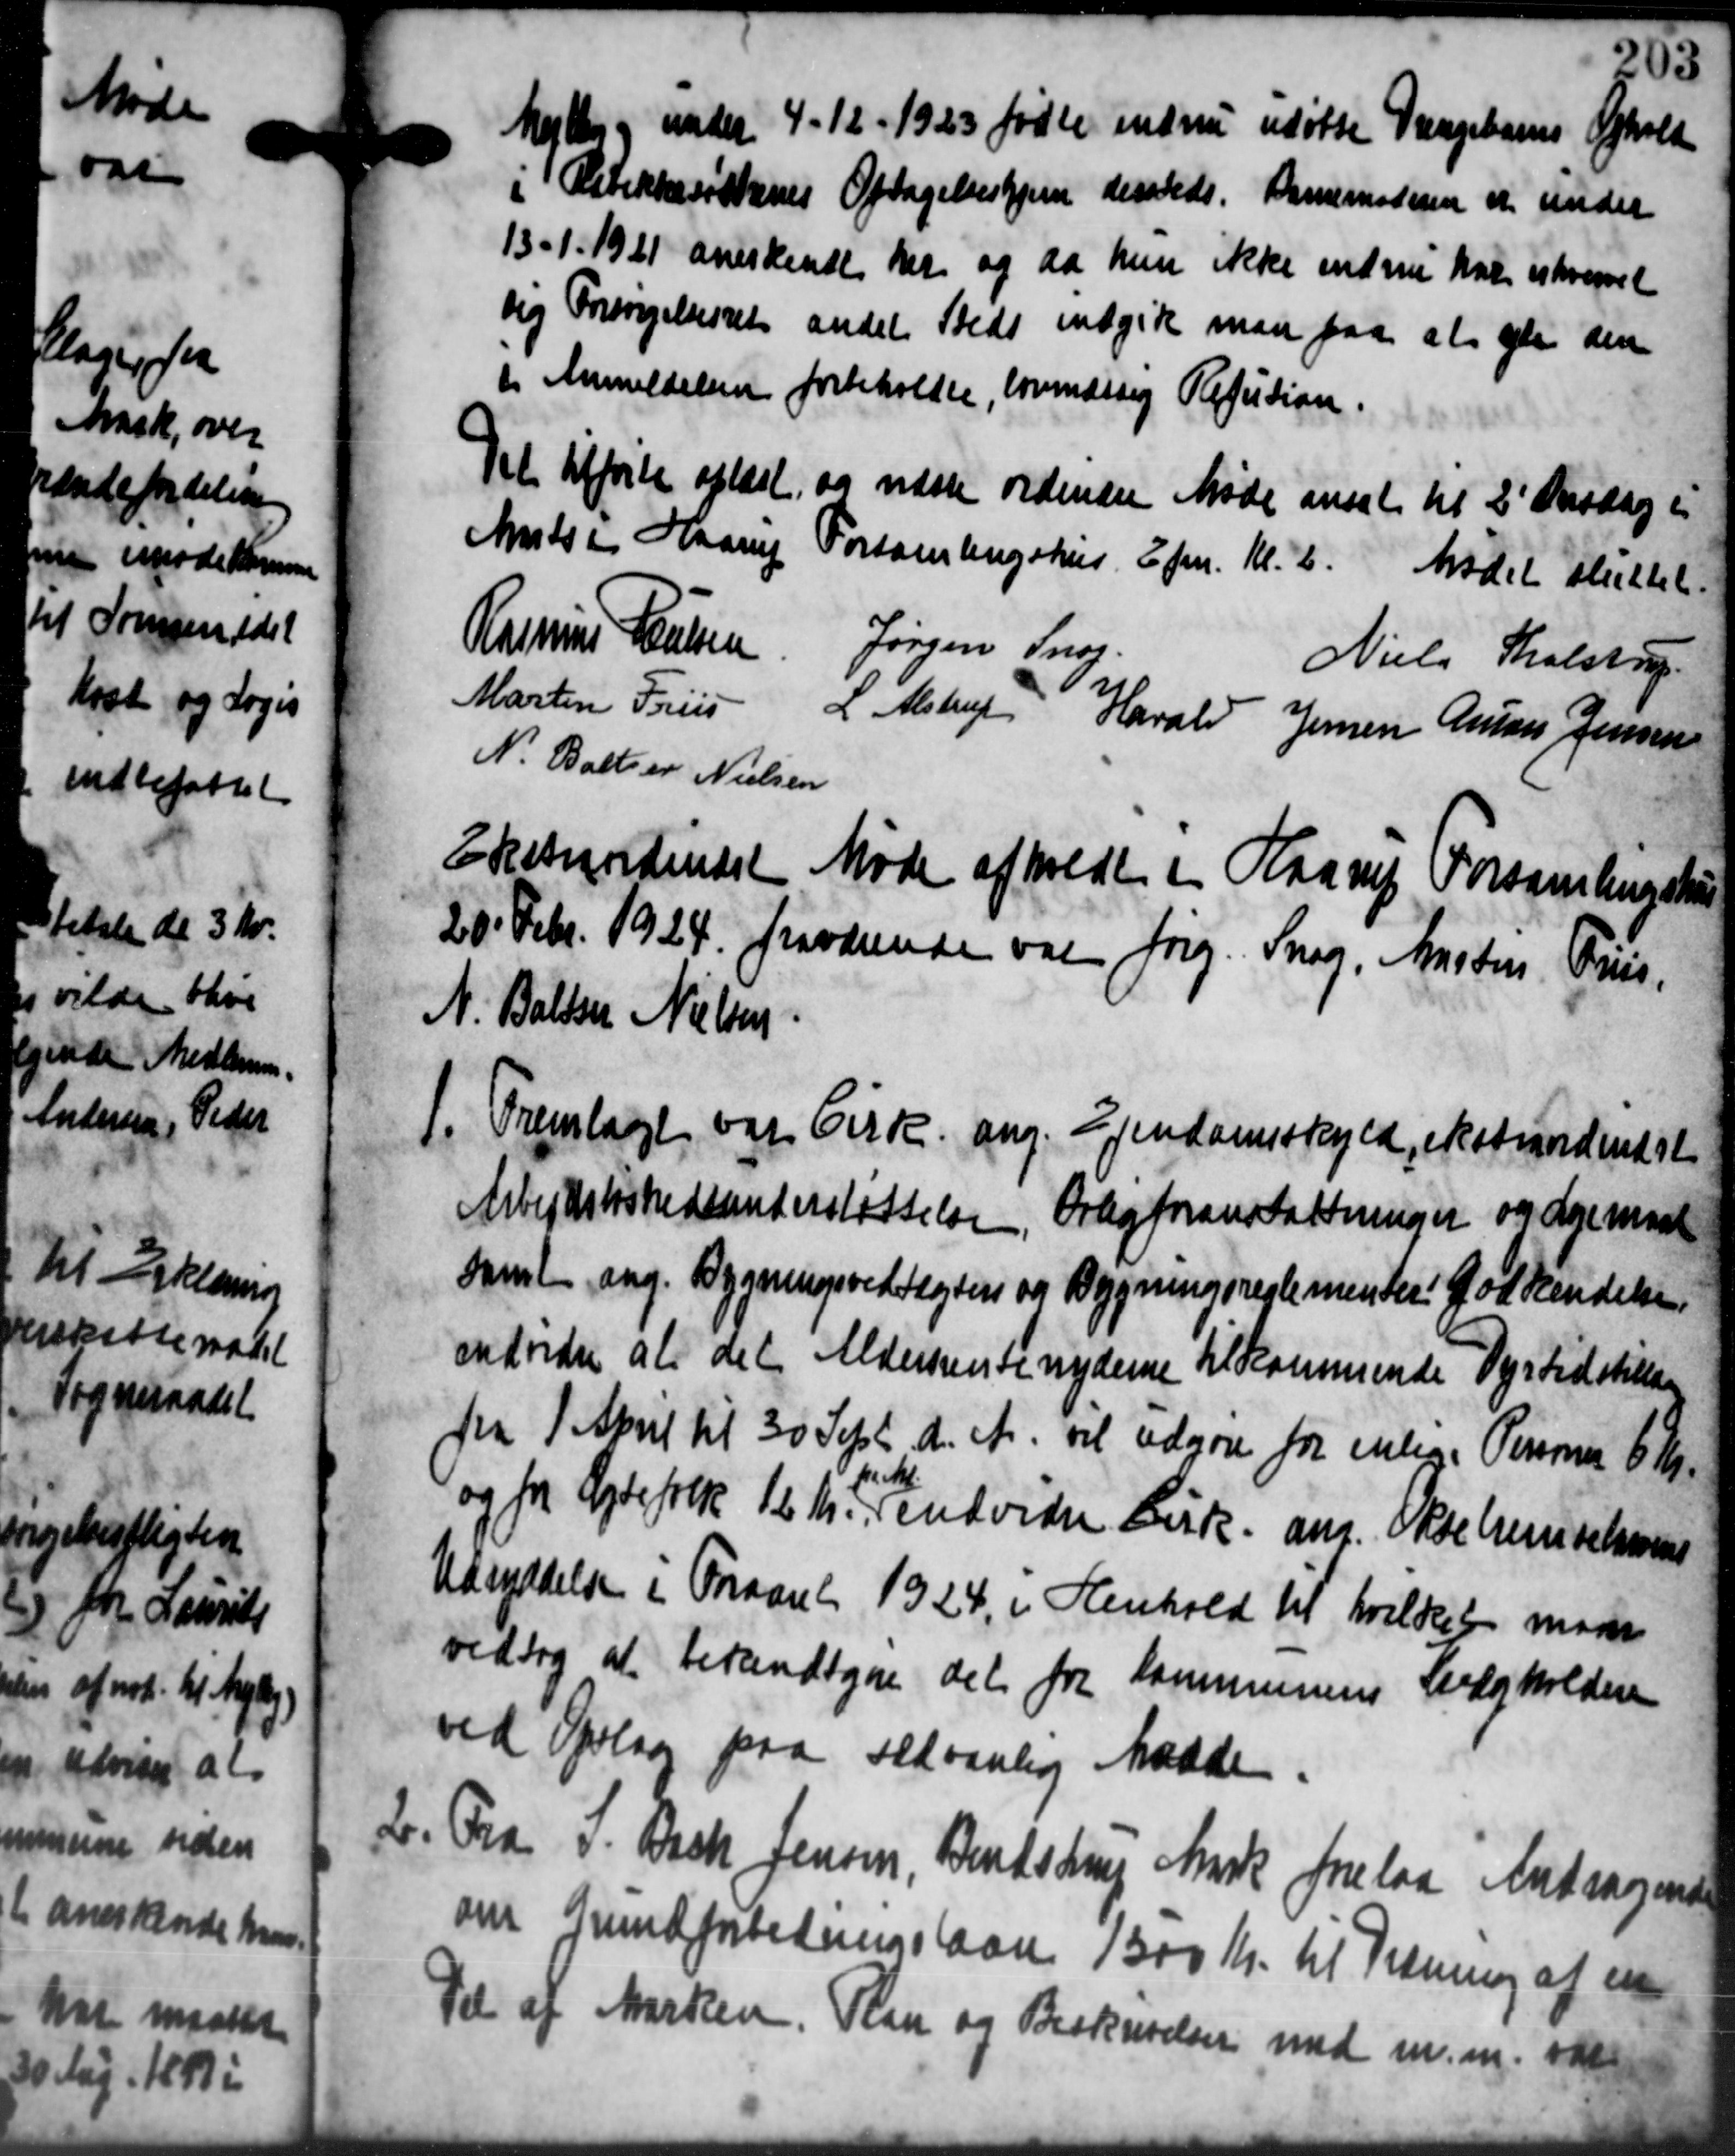
Transskription:
Myrker og under 4 - 12 - 1923 fødte endnu udøbte Vangebarns Ophold
i Ostikkesøstenes Optagelseshjem dersteds. Barnemoderen er under
13-1-1921 anerkendt der og da hun ikke endnu har enhvervet
sig Forsørgelsesrets andel Steds indgive man paa at yde den
d Anmeldelsen forbeholder, lovmæssig Refusion.
Det tilfrede oplæst
og næste ordinære Møde ansat til 2' Onsdag i
Marts i Haarup Forsamlingshus Eftm. Kl. 2. Mødet sluttet.
Rasmus Jensen Jørgen Ing.
Niels Tholstrup
Martin Friis
L. Alstrup Harald Jensen Anton Jensen
N. Balter Nielsen
Ekstraordindet Møde afholdt i Haarup Forsamlingshus
20 Febr. 1924 fraværende var Jørg. Snog, Amsten Pris,
N. Bolsen Nielsen
1. Fremlagt var Cirk. ang. Ejendomsskyld, ekstrandindst
1. Fremlagt var Cirk. ang. Ejendomsskyld, ekstrandindst
Arbejdsløshedsunderstøttelse, Orligforanstaltninger og Lejemaal
samt ang. Bygningsvedtægters og Bygningsreglementer: Godkendelse
ændreder at det Aldersrentenyderne tilkommende Dyrtidstilles
fra 1 April til 30 Sept. d. A. vil udgøre for enlige Personer 6 Kr.
b. M
og for Ægtefolk 12 Kr. endvider Cirk. ang. Oksehenselsen
Udryddelse i Foraaret 1924, i Henhold til hvilket mødt
vedtog at bekendtgøre det fra Kommunens Leigholderen
ved Opslag paa sædvanling Maade.
2. Fra S. Back Jensen, Bendstrup Mark forelaa Andragende
2. Fra S. Back Jensen, Bendstrup Mark forelaa Andragende
om Grundforbedringsaar 1300 Kr. til Tredning af en
Del af Marken. Plan og Beskrivelser med m. m. var